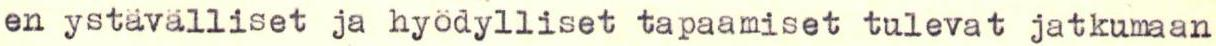
en ystävälliset ja hyödylliset tapaamiset tulevat jatkumaan